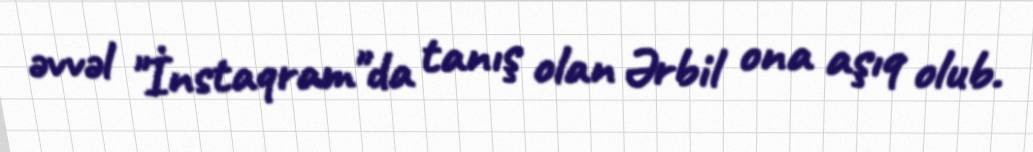
əvvəl "İnstaqram"da tanış olan Ərbil ona aşıq olub.